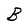
Character: B